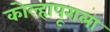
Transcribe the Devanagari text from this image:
कोल्हापूराला